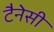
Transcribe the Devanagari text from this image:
टैनेसी